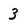
Character: 3